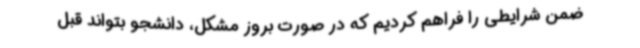
ضمن شرایطی را فراهم کردیم که در صورت بروز مشکل، دانشجو بتواند قبل